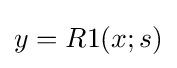
y=R1(x;s)